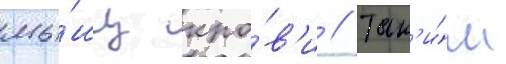
мы́шц кро́в'и // Так'и́м